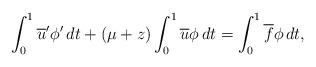
LaTeX: \begin{align*}\int_0^1 \overline u'\phi'\,dt + (\mu+z)\int_0^1 \overline u\phi\,dt = \int_0^1 \overline f\phi\,dt,\end{align*}